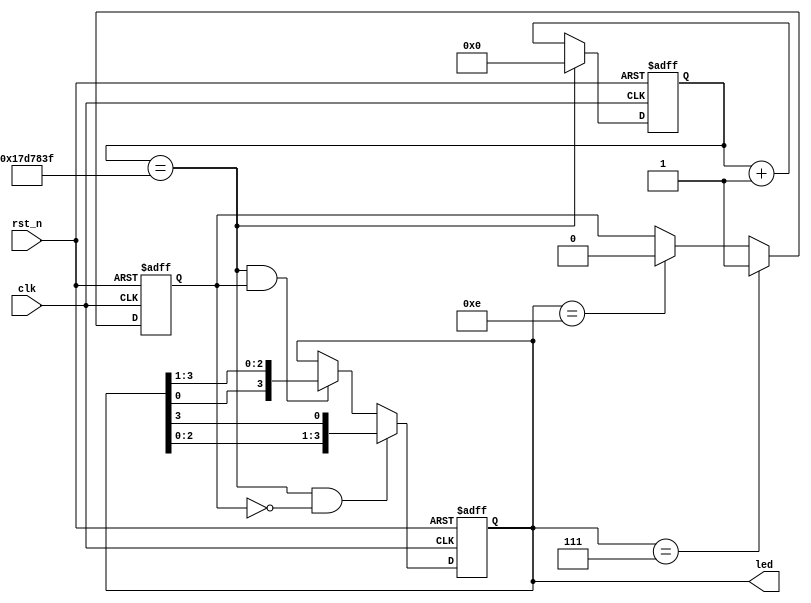

module cnt_led(
    input	wire	clk,
    input	wire	rst_n,
    output	reg[3:0]	led
  );
  reg[25:0]	cnt_1s;
  reg	flag;
  always@(posedge	clk	or	negedge	rst_n)

    if(rst_n==0)
      cnt_1s<=26'd0;
    else	if(cnt_1s==26'd24_999_999)
      cnt_1s<=26'd0;
  else
    cnt_1s<=cnt_1s+1'b1;
  always@(posedge	clk	or	negedge	rst_n)

    if(rst_n==0)
      flag<=0;
    else	if(led==4'b0111)
      flag<=1;
  else	if(led==4'b1110)
    flag<=0;
  else
    flag<=flag;
  //26'd49_999_999
  always@(posedge clk or negedge rst_n)
    if(rst_n == 0)
      led <= 4'b1110;
    else    if(cnt_1s==26'd24_999_999&&flag==0)
      led <= {led[2:0],led[3]};
    else  if(cnt_1s==26'd24_999_999&&flag==1)
      led <= {led[0],led[3:1]};
    else
      led<=led;

endmodule